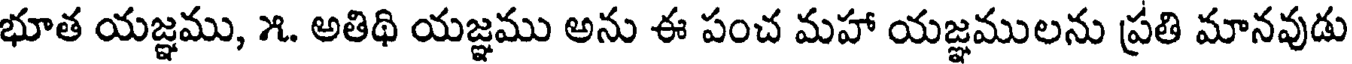
భూత యజ్ఞము, ౫. అతిథి యజ్ఞము అను ఈ పంచ మహా యజ్ఞములను ప్రతి మానవుడు